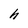
Character: h